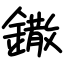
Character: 鏾